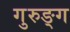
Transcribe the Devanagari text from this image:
गुरुङ्ग